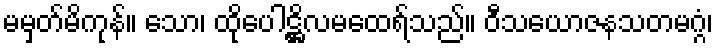
မမှတ်မိကုန်။ သော၊ ထိုပေါဋ္ဌိလမထေရ်သည်။ ဝီသယောဇနသတမဂ္ဂံ၊